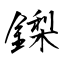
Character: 鏫